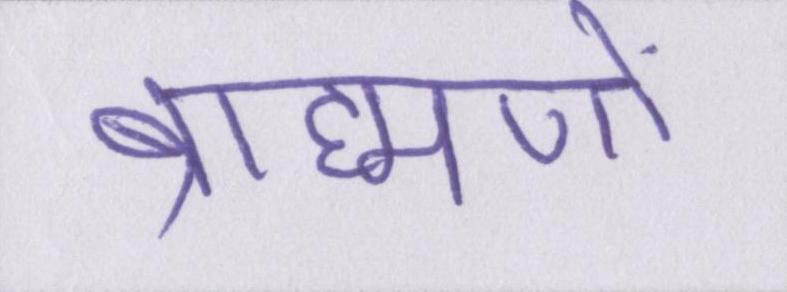
ब्राह्मणों